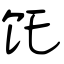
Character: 饦